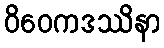
ဝိဝေကဒဿိနာ